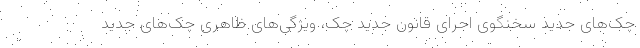
چک‌های جدید سخنگوی اجرای قانون جدید چک، ویژگی‌‌های ظاهری چک‌های جدید